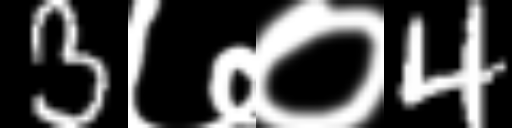
Text: 3७०4